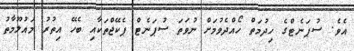
އެވެ. ސުޕަނެޓްގެ ހިދުމަތް ހޯއްދެވުމަށް ނުވަތަ ސުޕަނެޓް ޕެކޭޖްތަކާއި ބެހޭ އިތުރު މައުލޫމާތު